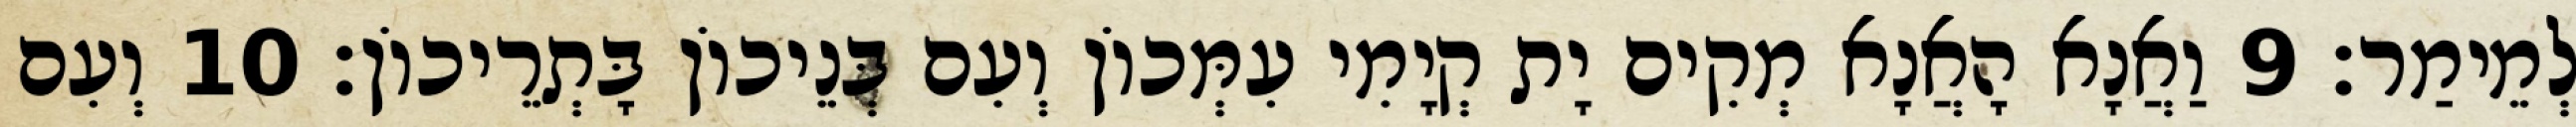
לְמֵימַר׃ 9 וַאֲנָא הָאֲנָא מְקִים יָת קְיָמִי עִמְּכוֹן וְעִם בְּנֵיכוֹן בָּתְרֵיכוֹן׃ 10 וְעִם